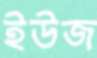
ইউজ